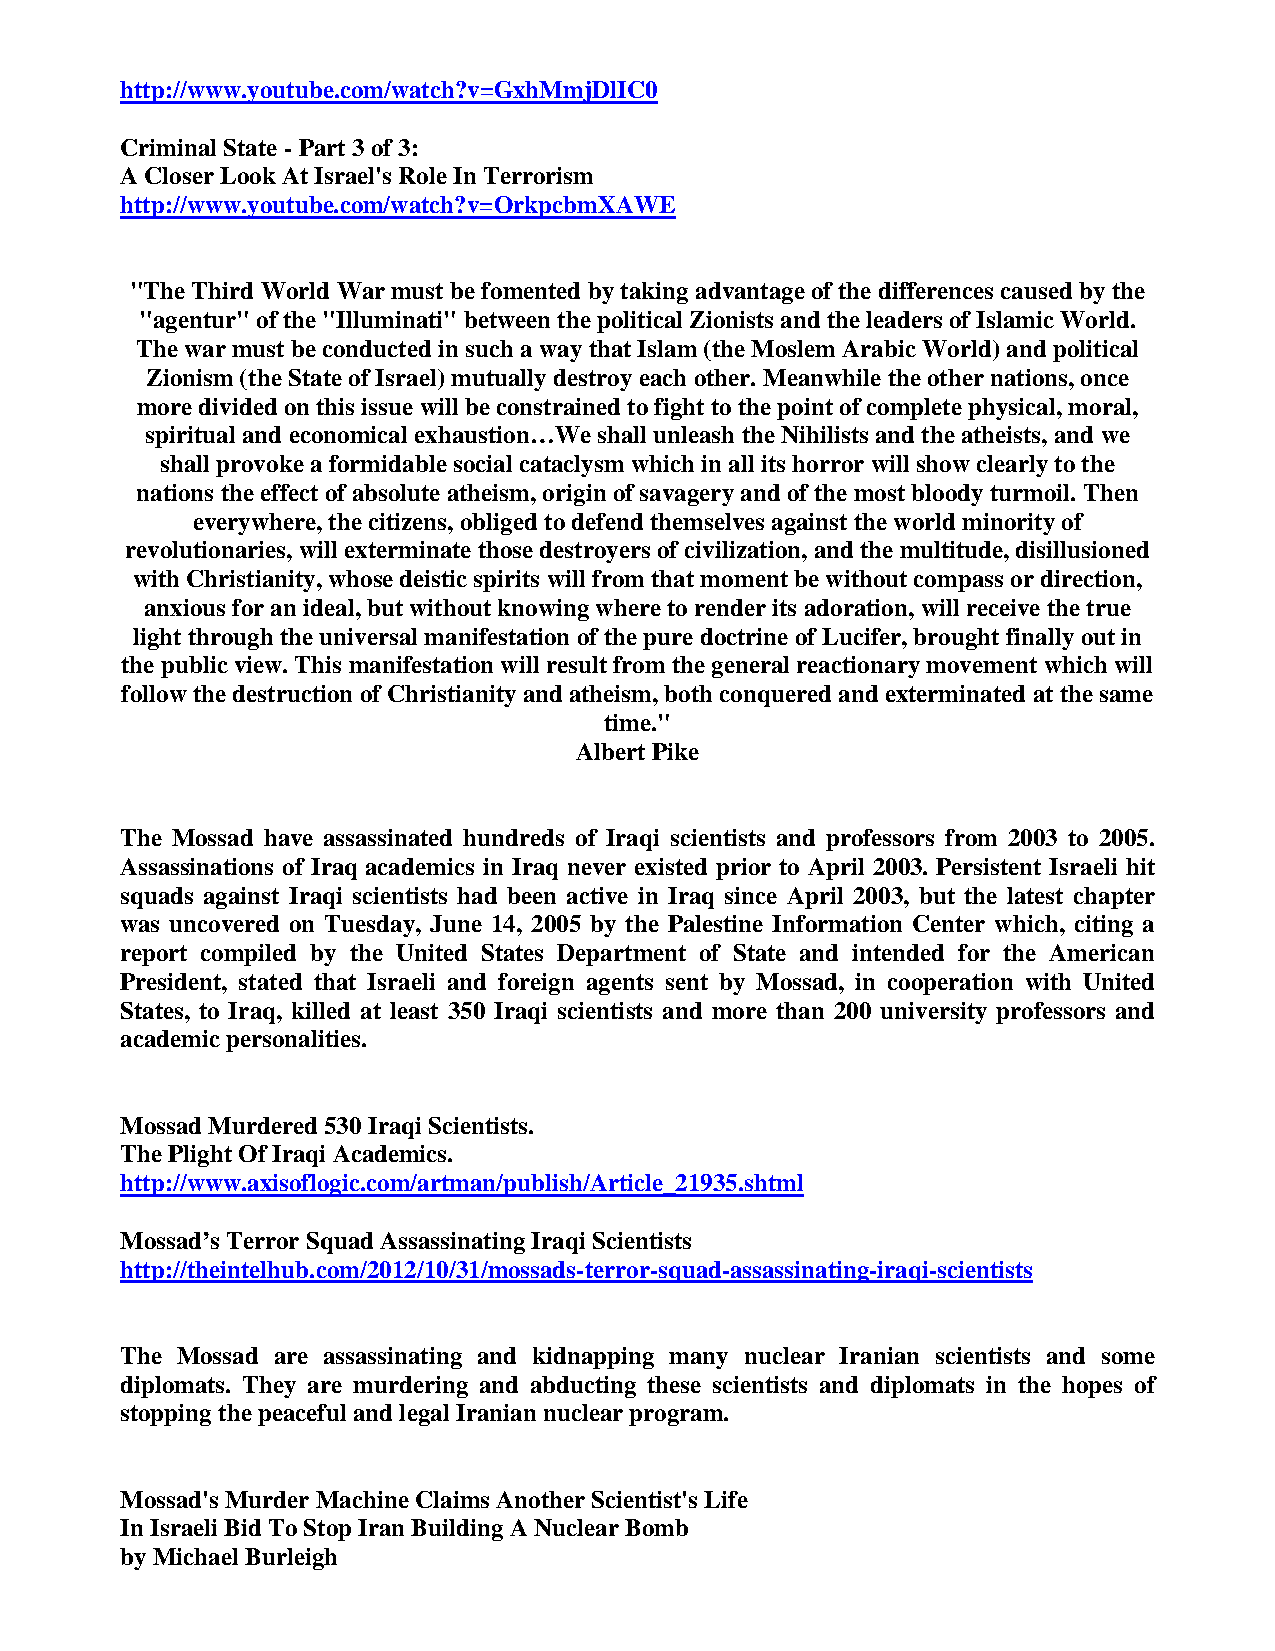
http://www.youtube.com/watch?v=GxhMmjDlIC0
 Criminal State - Part 3 of 3:
 A Closer Look At Israel's Role In Terrorism
 http://www.youtube.com/watch?v=OrkpcbmXAWE
 "The Third World War must be fomented by taking advantage of the differences caused by the
 "agentur" of the "Illuminati" between the political Zionists and the leaders of Islamic World.
 The war must be conducted in such a way that Islam (the Moslem Arabic World) and political
 Zionism (the State of Israel) mutually destroy each other. Meanwhile the other nations, once
 more divided on this issue will be constrained to fight to the point of complete physical, moral,
 spiritual and economical exhaustion…We shall unleash the Nihilists and the atheists, and we
 shall provoke a formidable social cataclysm which in all its horror will show clearly to the
 nations the effect of absolute atheism, origin of savagery and of the most bloody turmoil. Then
 everywhere, the citizens, obliged to defend themselves against the world minority of
 revolutionaries, will exterminate those destroyers of civilization, and the multitude, disillusioned
 with Christianity, whose deistic spirits will from that moment be without compass or direction,
 anxious for an ideal, but without knowing where to render its adoration, will receive the true
 light through the universal manifestation of the pure doctrine of Lucifer, brought finally out in
 the public view. This manifestation will result from the general reactionary movement which will
 follow the destruction of Christianity and atheism, both conquered and exterminated at the same
 time."
 Albert Pike
 The Mossad have assassinated hundreds of Iraqi scientists and professors from 2003 to 2005.
 Assassinations of Iraq academics in Iraq never existed prior to April 2003. Persistent Israeli hit
 squads against Iraqi scientists had been active in Iraq since April 2003, but the latest chapter
 was uncovered on Tuesday, June 14, 2005 by the Palestine Information Center which, citing a
 report compiled by the United States Department of State and intended for the American
 President, stated that Israeli and foreign agents sent by Mossad, in cooperation with United
 States, to Iraq, killed at least 350 Iraqi scientists and more than 200 university professors and
 academic personalities.
 Mossad Murdered 530 Iraqi Scientists.
 The Plight Of Iraqi Academics.
 http://www.axisoflogic.com/artman/publish/Article_21935.shtml
 Mossad’s Terror Squad Assassinating Iraqi Scientists
 http://theintelhub.com/2012/10/31/mossads-terror-squad-assassinating-iraqi-scientists
 The Mossad are assassinating and kidnapping many nuclear Iranian scientists and some
 diplomats. They are murdering and abducting these scientists and diplomats in the hopes of
 stopping the peaceful and legal Iranian nuclear program.
 Mossad's Murder Machine Claims Another Scientist's Life
 In Israeli Bid To Stop Iran Building A Nuclear Bomb
 by Michael Burleigh